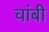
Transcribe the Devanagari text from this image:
चांबी